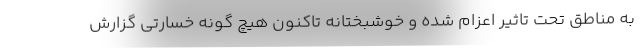
به مناطق تحت تاثیر اعزام شده و خوشبختانه تاکنون هیچ گونه خسارتی گزارش